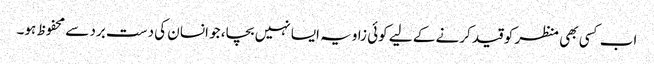
اب کسی بھی منظر کو قید کرنے کے لیے کوئی زاویہ ایسا نہیں بچا، جو انسان کی دست برد سے محفوظ ہو۔